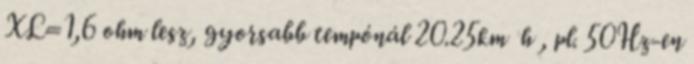
XL=1,6 ohm lesz, gyorsabb tempónál 20.25km h , pl. 50Hz-en